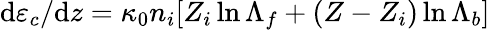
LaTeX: \mathrm{d}\varepsilon_{c}/\mathrm{d}z=\kappa_{0}n_{i}[Z_{i}\ln{\Lambda_{f}}+(Z-Z_{i})\ln{\Lambda_{b}}]